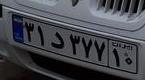
۳۱د۳۷۷۱۰